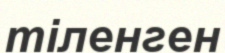
тіленген